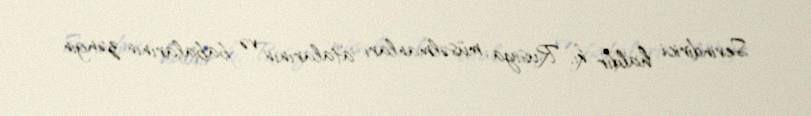
Sevindirici haldır ki, Rusiya müsəlmanları atalarının və babalarının zəngin